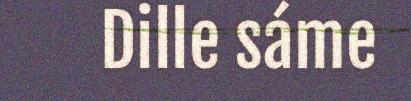
Dille sáme